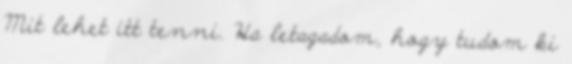
Mit lehet itt tenni. Ha letagadom, hogy tudom ki